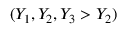
( Y _ { 1 } , Y _ { 2 } , Y _ { 3 } > Y _ { 2 } )